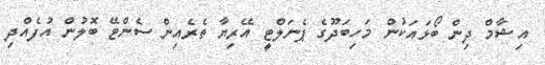
އިޝާމް ދިން ބޯޅައަކުން މަހިބަދޫގެ ޕެނަލްޓީ އޭރިޔާ ތެރެއިން ސެންޓޭ ބޮލުން އުފެއްދި